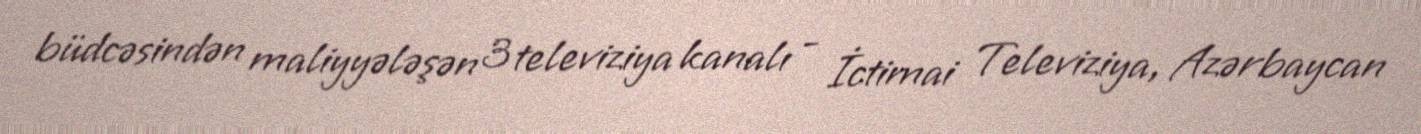
büdcəsindən maliyyələşən 3 televiziya kanalı - İctimai Televiziya, Azərbaycan